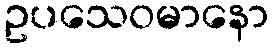
ဥပသေဝမာနော